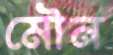
মৌন